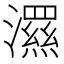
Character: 𭳗